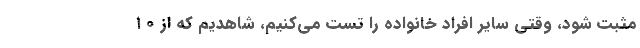
مثبت ‌شود، وقتی سایر افراد خانواده را تست می‌کنیم، شاهدیم که از ۱۰